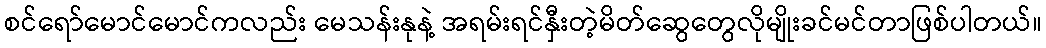
စင်ရော်မောင်မောင်ကလည်း မေသန်းနုနဲ့ အရမ်းရင်နှီးတဲ့မိတ်ဆွေတွေလိုမျိုးခင်မင်တာဖြစ်ပါတယ်။